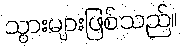
သွားများဖြစ်သည်။